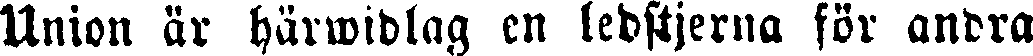
Union är härwidlag en ledstjerna för andra